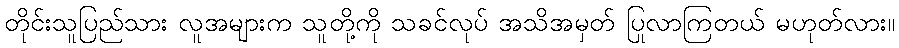
တိုင်းသူပြည်သား လူအများက သူတို့ကို သခင်လုပ် အသိအမှတ် ပြုလာကြတယ် မဟုတ်လား။